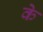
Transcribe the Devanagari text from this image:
के